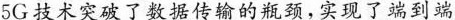
5G技术突破了数据传输的瓶颈，实现了端到端